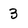
Character: 3